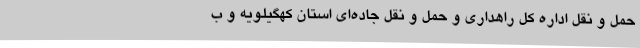
حمل و نقل اداره کل راهداری و حمل و نقل جاده‌ای استان کهگیلویه و ب